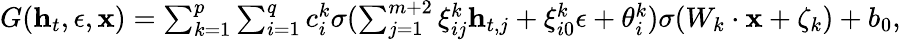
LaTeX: \begin{array}{r}{G(\mathbf{h}_{t},\epsilon,\mathbf{x})=\sum_{k=1}^{p}\sum_{i=1}^{q}c_{i}^{k}\sigma(\sum_{j=1}^{m+2}\xi_{ij}^{k}\mathbf{h}_{t,j}+\xi_{i0}^{k}\epsilon+\theta_{i}^{k})\sigma(W_{k}\cdot\mathbf{x}+\zeta_{k})+b_{0},}\end{array}